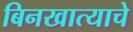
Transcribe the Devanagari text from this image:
बिनखात्याचे